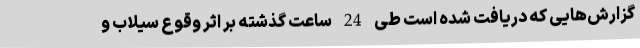
گزارش‌هایی که دریافت شده است طی 24 ساعت گذشته بر اثر وقوع سیلاب و